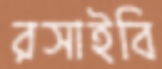
রসাইবি